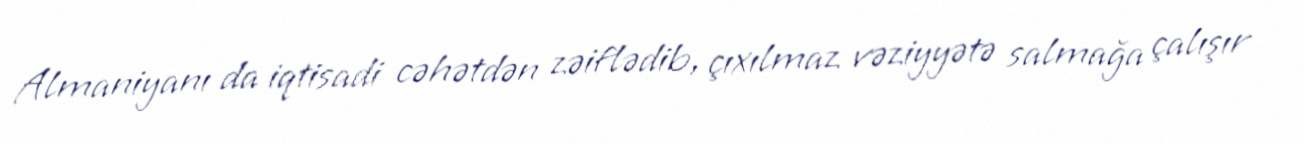
Almaniyanı da iqtisadi cəhətdən zəiflədib, çıxılmaz vəziyyətə salmağa çalışır